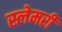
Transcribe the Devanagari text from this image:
स्लेमरी